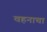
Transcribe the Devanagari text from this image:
वहनाचा